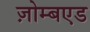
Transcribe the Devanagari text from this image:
ज़ोम्बएड